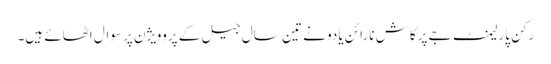
رکن پارلیمنٹ جے پرکاش نارائن یادو نے تین سال جیل کے پروویژن پر سوال اٹھائے ہیں۔